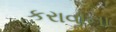
કરાવાના